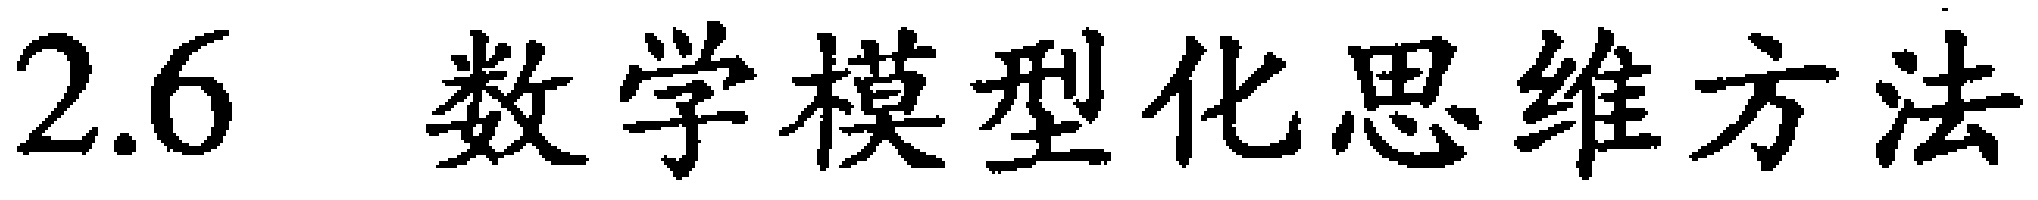
2.6 数学模型化思维方法